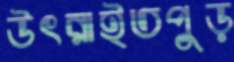
উৎরাইতপুড়